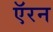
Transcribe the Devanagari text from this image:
ऍरन